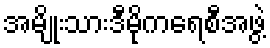
အမျိုးသားဒီမိုကရေစီအဖွဲ့